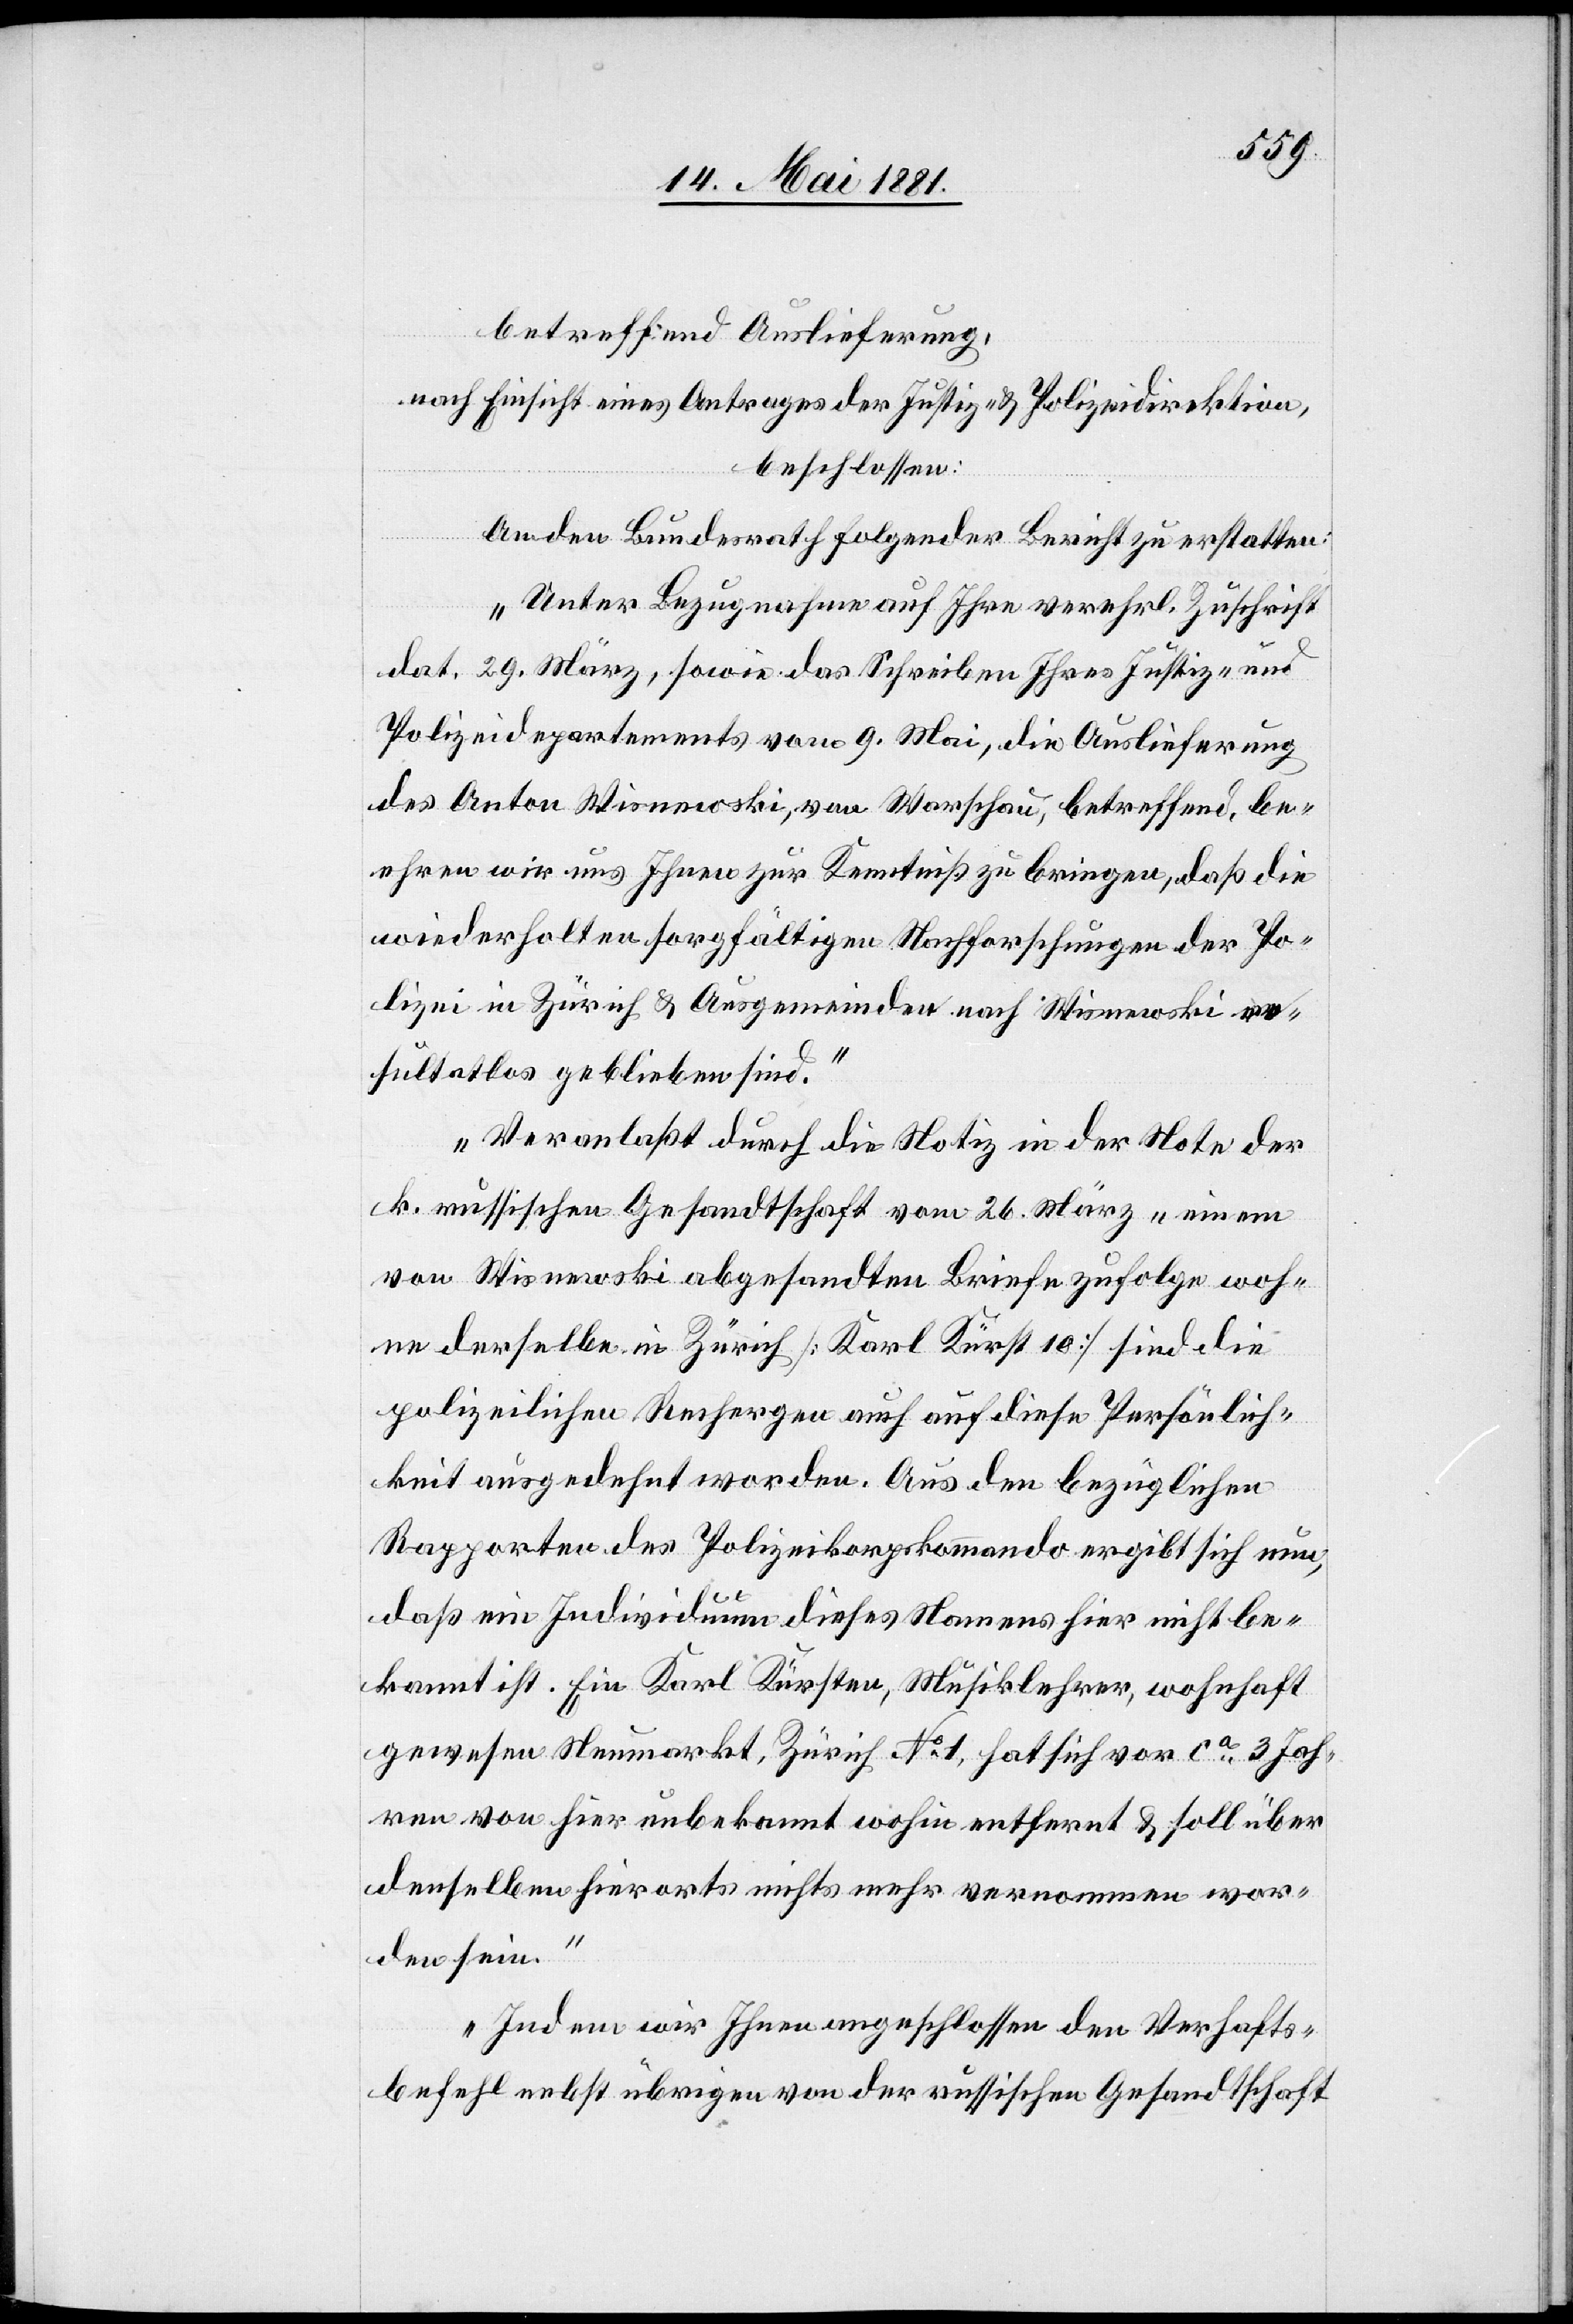
betreffend Auslieferung,
nach Einsicht eines Antrages der Justiz- & Polizeidirektion.
beschlossen:
An den Bundesrath folgender Bericht zu erstellen:
„Unter Bezugnahme auf Ihre verehrl. Zuschrift
dat. 29. März, sowie das Schreiben Ihres Justiz- und
Polizeidepartements vom 9. Mai, die Auslieferung
des Anton Wisnewski, von Warschau, betreffend, be¬
ehren wir uns Ihnen zur Kenntniß zu bringen, daß die
wiederholten sorgfältigen Nachforschungen der Po¬
lizei in Zürich & Ausgemeinden nach Wisnewski re¬
sultatlos geblieben sind.
Veranlaßt durch die Notiz in der Note der
k. russischen Gesandtschaft vom 26. März – einem
von Wisnewski abgesandten Briefe zufolge woh¬
nen derselbe in Zürich [Karl Kürst 10] sind die
polizeilichen Rechergen [sic!] auch auf diese Persönlich¬
keit ausgedehnt worden. Aus dem bezüglichen
Rapporte des Polizeikorpskommando ergibt sich nun,
daß ein Individuum dieses Namens hier nicht be¬
kannt ist. Ein Karl Kürsten, Musiklehrer, wohnhaft
gewesen Neumarkt, Zürich No 1, hat sich von ca 3 Jah¬
ren von hier unbekannt wohin entfernt & soll über
denselben hierorts nichts mehr vernommen wor¬
den sein.
Indem wir Ihnen angeschlossen den Verhafts¬
befehl nebst übrigen von der russischen Gesandtschaft